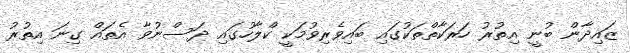
ޒައިދާން ބުނީ އިތުރު ހަރަކާތްތަކުގައި ބައިވެރިވުމަކީ ކްލާހުގައި ދަސްނުވާ އެތައް ގިނަ އިތުރު